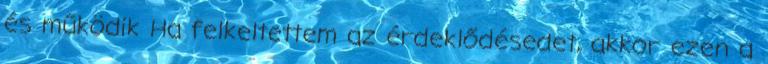
és működik Ha felkeltettem az érdeklődésedet, akkor ezen a